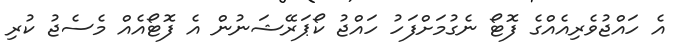
އެ ހައްޖުވެރިއެއްގެ ފޮޓޯ ނެގުމަށްފަހު ހައްޖު ކޯޕަރޭޝަނުން އެ ފޮޓޯއެއް މެސެޖު ކުރި